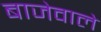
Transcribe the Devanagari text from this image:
बाजेवाले